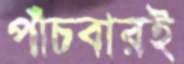
পাঁচবারই